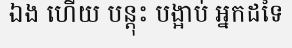
ឯង ហើយ បន្តុះ បង្អាប់ អ្នកដទៃ